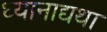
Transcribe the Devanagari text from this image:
ध्यानाद्यथा